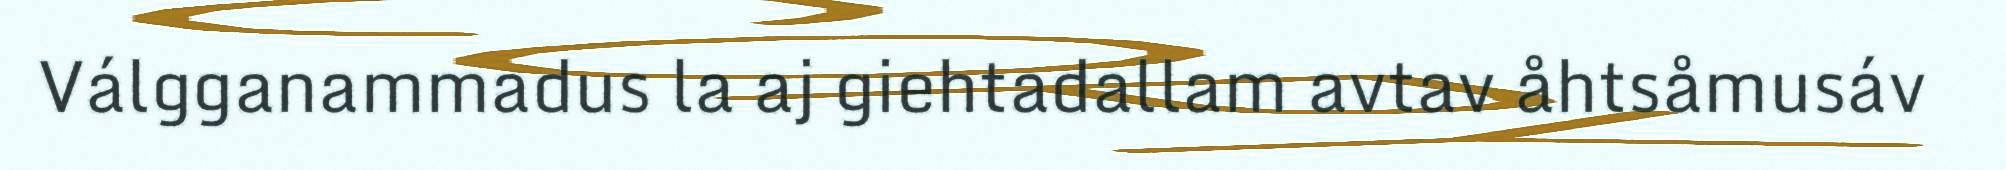
Válgganammadus la aj giehtadallam avtav åhtsåmusáv